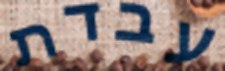
עבדת